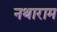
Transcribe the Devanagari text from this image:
नथाराम